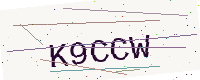
Text: K9CCW